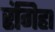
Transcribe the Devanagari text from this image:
रंगिहा